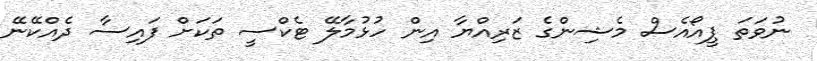
ނުވަތަ ޕީއޯއެސް މެޝިންގެ ޒަރިއްޔާ އިން ހުޅުމާލޭ ޓެކްސީ ތަކަށް ފައިސާ ދެއްކޭނޭ